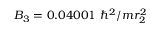
B _ { 3 } = 0 . 0 4 0 0 1 ~ \hbar ^ { 2 } / m r _ { 2 } ^ { 2 }